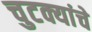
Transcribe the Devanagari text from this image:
चुटक्यांचे